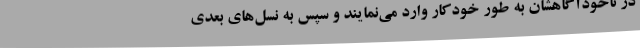
در ناخودآگاهشان به طور خودکار وارد می‌نمایند و سپس به نسل‌های بعدی